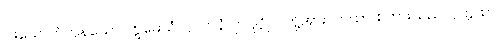
ငါးယောက်ကုန်သော။ ဣမေသံပုဂ္ဂလာနံ၊ ဤပုဂ္ဂိုလ်တို့အား။ ကထာ၊ စကားသည်။ ဒုက္ကထာ၊